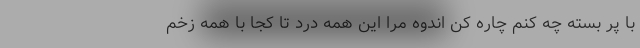
با پر بسته چه کنم چاره کن اندوه مرا این همه درد تا کجا با همه زخمِ